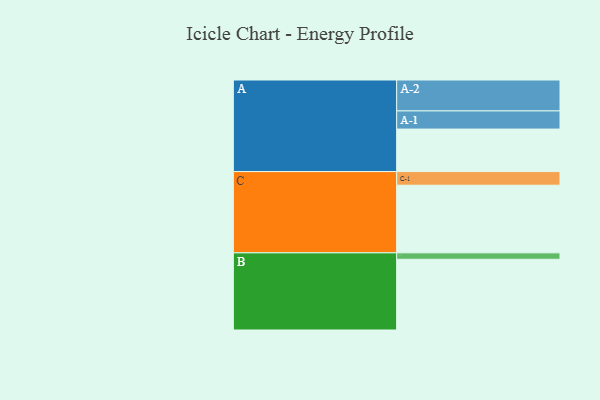
{"axis": {"x": "Segment", "y": "Value"}, "legend": ["", "A", "B", "C"], "data": [{"x": "A", "y": 330, "type": ""}, {"x": "B", "y": 549, "type": ""}, {"x": "C", "y": 525, "type": ""}, {"x": "A-1", "y": 141, "type": "A"}, {"x": "A-2", "y": 240, "type": "A"}, {"x": "B-1", "y": 50, "type": "B"}, {"x": "C-1", "y": 106, "type": "C"}]}